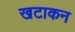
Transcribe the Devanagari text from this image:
खटाकन